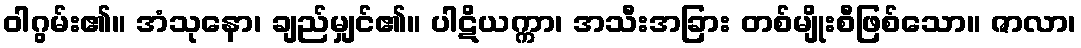
ဝါဂွမ်း၏။ အံသုနော၊ ချည်မျှင်၏။ ပါဋိယက္ကာ၊ အသီးအခြား တစ်မျိုးစီဖြစ်သော။ ဇာလာ၊